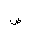
Letter: _dad